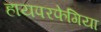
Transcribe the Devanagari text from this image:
हायपरफेगिया